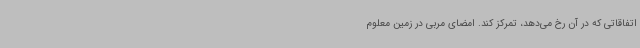
اتفاقاتی که در آن رخ می‌دهد، تمرکز کند. امضای مربی در زمین معلوم